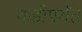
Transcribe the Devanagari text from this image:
कडीपर्यंत